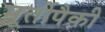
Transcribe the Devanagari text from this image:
मूर्तीपैकी